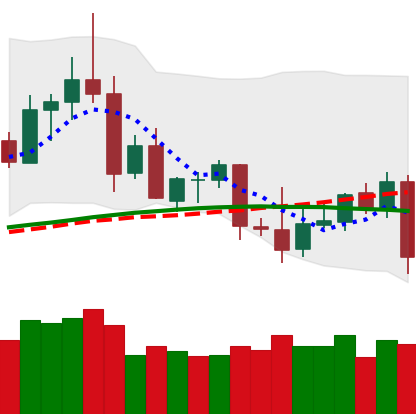
Ticker: ETC-USD
Chart end date: 2020-09-02
Forward return: -19.052%
Label: down_7plus